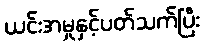
ယင်းအမှုနှင့်ပတ်သက်ပြီး